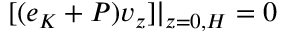
[ ( e _ { K } + P ) v _ { z } ] | _ { z = 0 , H } = 0